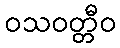
ဝသဝတ္တီဝ